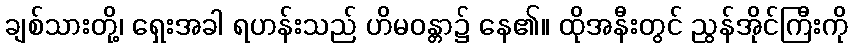
ချစ်သားတို့၊ ရှေးအခါ ရဟန်းသည် ဟိမဝန္တာ၌ နေ၏။ ထိုအနီးတွင် ညွန်အိုင်ကြီးကို